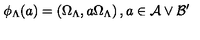
\phi _ { \Lambda } ( a ) = \left( \Omega _ { \Lambda } , a \Omega _ { \Lambda } \right) , a \in \mathcal { A } \vee \mathcal { B } ^ { \prime }